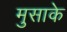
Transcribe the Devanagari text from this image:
मुसाके